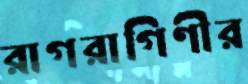
রাগরাগিণীর